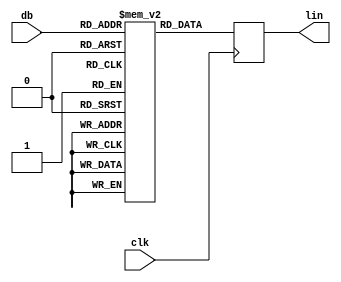
/* This file is part of JT12.

 
    JT12 program is free software: you can redistribute it and/or modify
    it under the terms of the GNU General Public License as published by
    the Free Software Foundation, either version 3 of the License, or
    (at your option) any later version.

    JT12 program is distributed in the hope that it will be useful,
    but WITHOUT ANY WARRANTY; without even the implied warranty of
    MERCHANTABILITY or FITNESS FOR A PARTICULAR PURPOSE.  See the
    GNU General Public License for more details.

    You should have received a copy of the GNU General Public License
    along with JT12.  If not, see <http://www.gnu.org/licenses/>.

    Author: Jose Tejada Gomez. Twitter: @topapate
    Version: 1.0
    Date: 21-03-2019
*/

// dB to linear

module jt10_adpcm_dbrom(
    input           clk,        // CPU clock
    input   [5:0]   db,
    output reg [8:0]   lin
);

reg [8:0] mem[0:63];

initial begin // generated with file gen_lingain.py
   mem[000] = 9'd511;   mem[001] = 9'd468;   mem[002] = 9'd429;   mem[003] = 9'd394;
   mem[004] = 9'd361;   mem[005] = 9'd331;   mem[006] = 9'd304;   mem[007] = 9'd279;
   mem[008] = 9'd256;   mem[009] = 9'd234;   mem[010] = 9'd215;   mem[011] = 9'd197;
   mem[012] = 9'd181;   mem[013] = 9'd166;   mem[014] = 9'd152;   mem[015] = 9'd139;
   mem[016] = 9'd128;   mem[017] = 9'd117;   mem[018] = 9'd107;   mem[019] = 9'd099;
   mem[020] = 9'd090;   mem[021] = 9'd083;   mem[022] = 9'd076;   mem[023] = 9'd070;
   mem[024] = 9'd064;   mem[025] = 9'd059;   mem[026] = 9'd054;   mem[027] = 9'd049;
   mem[028] = 9'd045;   mem[029] = 9'd041;   mem[030] = 9'd038;   mem[031] = 9'd035;
   mem[032] = 9'd032;   mem[033] = 9'd029;   mem[034] = 9'd027;   mem[035] = 9'd024;
   mem[036] = 9'd022;   mem[037] = 9'd020;   mem[038] = 9'd019;   mem[039] = 9'd017;
   mem[040] = 9'd016;   mem[041] = 9'd014;   mem[042] = 9'd013;   mem[043] = 9'd012;
   mem[044] = 9'd011;   mem[045] = 9'd010;   mem[046] = 9'd009;   mem[047] = 9'd008;
   mem[048] = 9'd008;   mem[049] = 9'd007;   mem[050] = 9'd006;   mem[051] = 9'd006;
   mem[052] = 9'd005;   mem[053] = 9'd005;   mem[054] = 9'd004;   mem[055] = 9'd004;
   mem[056] = 9'd004;   mem[057] = 9'd003;   mem[058] = 9'd003;   mem[059] = 9'd003;
   mem[060] = 9'd002;   mem[061] = 9'd002;   mem[062] = 9'd002;   mem[063] = 9'd002;
end

always @(posedge clk)
    lin <= mem[db];

endmodule // jt10_adpcm_dbrom